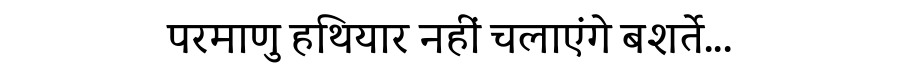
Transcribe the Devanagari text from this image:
परमाणु हथियार नहीं चलाएंगे बशर्ते...